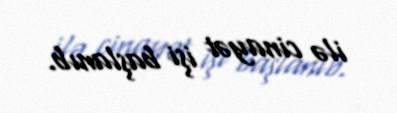
ilə cinayət işi başlanıb.